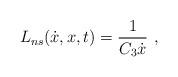
LaTeX: \begin{align*} L_{ns}(\dot{x},x,t)= \frac{1}{C_3 \dot{x}}\ ,\end{align*}